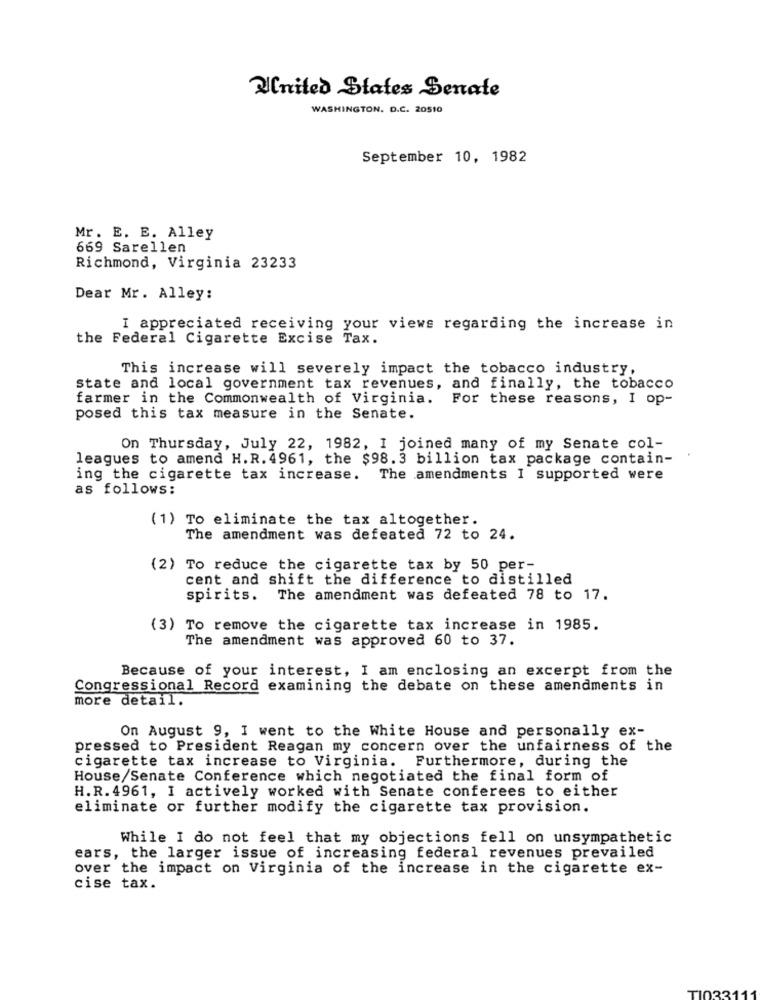
United States Senate
WASHINGTON. D.C. 20510
September 10, 1982
Mr. E. E. Alley
669 Sarellen
Richmond, Virginia 23233
Dear Mr. Alley:
I appreciated receiving your views regarding the increase in
the Federal Cigarette Excise Tax.
This increase will severely impact the tobacco industry,
state and local government tax revenues, and finally, the tobacco
farmer in the Commonwealth of Virginia. For these reasons, I op-
posed this tax measure in the Senate.
On Thursday, July 22, 1982, I joined many of my Senate col-
leagues to amend H.R. 4961, the $98.3 billion tax package contain-
ing the cigarette tax increase.
The amendments I supported were
as follows:
(1) To eliminate the tax altogether.
The amendment was defeated 72 to 24.
(2) To reduce the cigarette tax by 50 per-
cent and shift the difference to distilled
spirits. The amendment was defeated 78 to 17.
(3) To remove the cigarette tax increase in 1985.
The amendment was approved 60 to 37.
Because of your interest, I am enclosing an excerpt from the
Congressional Record examining the debate on these amendments in
more detail.
On August 9, I went to the White House and personally ex-
pressed to President Reagan my concern over the unfairness of the
cigarette tax increase to Virginia. Furthermore, during the
House/Senate Conference which negotiated the final form of
H.R. 4961, I actively worked with Senate conferees to either
eliminate or further modify the cigarette tax provision.
While I do not feel that my objections fell on unsympathetic
ears, the larger issue of increasing federal revenues prevailed
over the impact on Virginia of the increase in the cigarette ex-
cise tax.